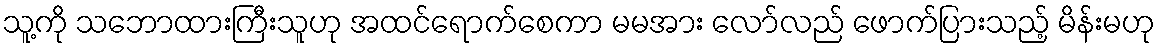
သူ့ကို သဘောထားကြီးသူဟု အထင်ရောက်စေကာ မမအား လော်လည် ဖောက်ပြားသည့် မိန်းမဟု